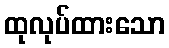
ထုလုပ်ထားသော